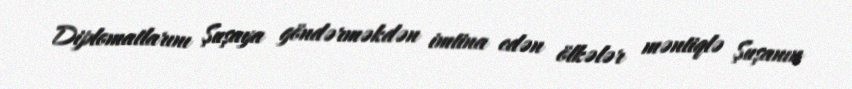
Diplomatlarını Şuşaya göndərməkdən imtina edən ölkələr məntiqlə Şuşanın